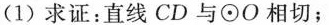
(1)求证：直线CD与⊙O相切；